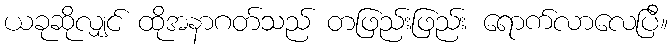
ယခုဆိုလျှင် ထိုအနာဂတ်သည် တဖြည်းဖြည်း ရောက်လာလေပြီ။